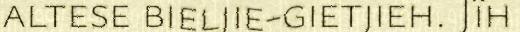
altese bieljie-gietjieh. Jïh